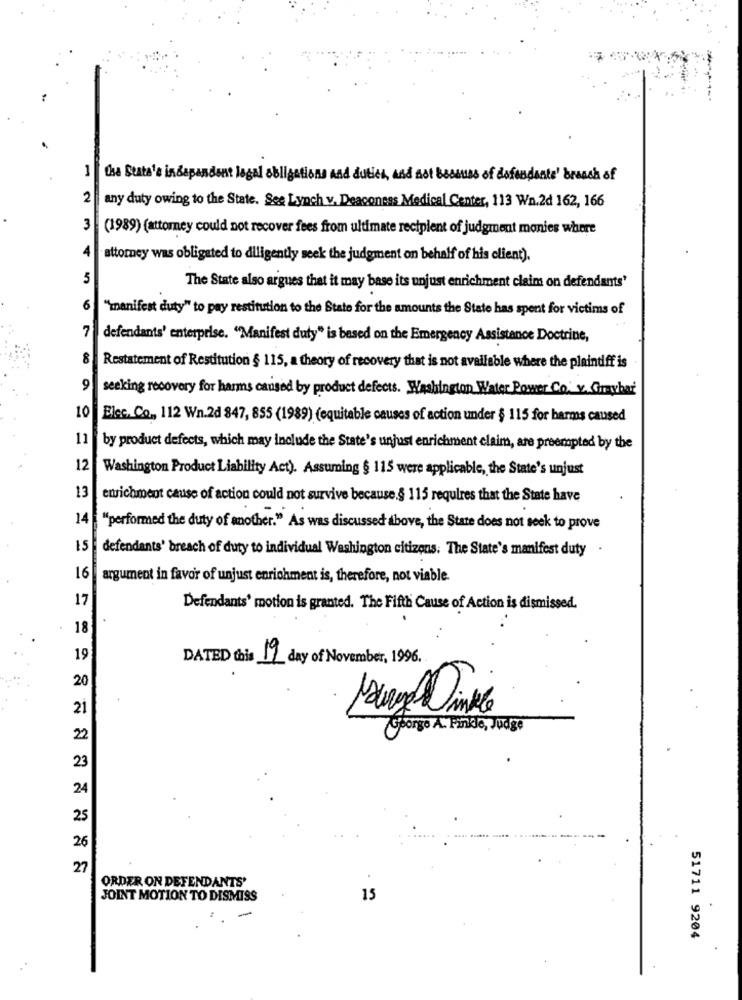
1
the State's indep
and duties, and not Bessuss of dofondante' branch of
2
any duty owing to the State. See Lynch v. Deaconess Medical Center, 113 Wn.2d 162, 166
3
(1989) (attomey could not recover fees from ultimate recipient of judgment monies where
4
attorney was obligated to diligently seek the judgment on behalf of his client).
5
The State also argues that it may base its unjust enrichment claim on defendants'
6
"manifest duty" to pay restitution to the State for the amounts the State has spent for victims of
7
defendants' enterprise. "Manifest duty" is based on the Emergency Assistance Doctrine,
8
Restatement of Restitution § 115, a theory of recovery that is not available where the plaintiff is
9
seeking recovery for harms caused by product defects. Washington Water Power Co. v. Graybar
10
Elce. Co ., 112 Wn.2d 847, 855 (1989) (equitable causes of action under $ 115 for harms caused
11
by product defects, which may include the State's unjust enrichment claim, are preempted by the
12
Washington Product Liability Act). Assuming § 115 were applicable, the State's unjust
13
enrichment cause of action could not survive because.§ 115 requires that the State have
14
"performed the duty of another." As was discussed above, the State does not seek to prove
15
defendants' breach of duty to individual Washington citizens. The State's manifest duty
16
argument in favor of unjust enrichment is, therefore, not viable.
17
Defendants' motion is granted. The Fifth Cause of Action is dismissed.
18
19
DATED this 199 day of November, 1996.
20
21
Giporgo A. Finkle, Judge
22
23
24
25
26
27
ORDER ON DEFENDANTS'
JOINT MOTION TO DISMISS
15
51711 9204